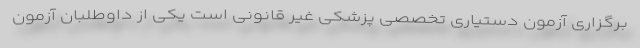
برگزاری آزمون دستیاری تخصصی پزشکی غیر قانونی است یکی از داوطلبان آزمون